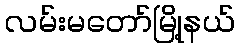
လမ်းမတော်မြို့နယ်